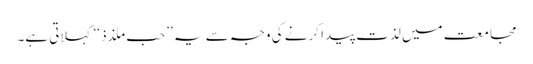
مجامعت میں لذت پیدا کرنے کی وجہ سے یہ ’’حب ملذذ ‘‘کہلاتی ہے۔